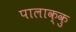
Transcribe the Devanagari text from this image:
पालाक्कु